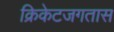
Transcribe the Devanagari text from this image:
क्रिकेटजगतास